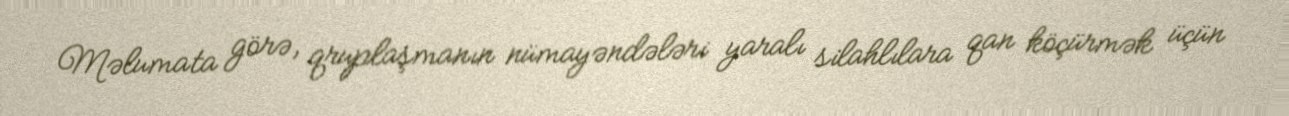
Məlumata görə, qruplaşmanın nümayəndələri yaralı silahlılara qan köçürmək üçün